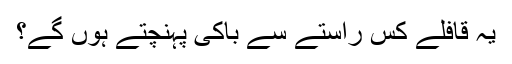
یہ قافلے کس راستے سے باکی پہنچتے ہوں گے؟